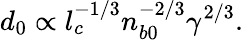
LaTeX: d_{0}\propto l_{c}^{-1/3}n_{b0}^{-2/3}\gamma^{2/3}.